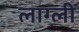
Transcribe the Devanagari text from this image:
लाग्ली